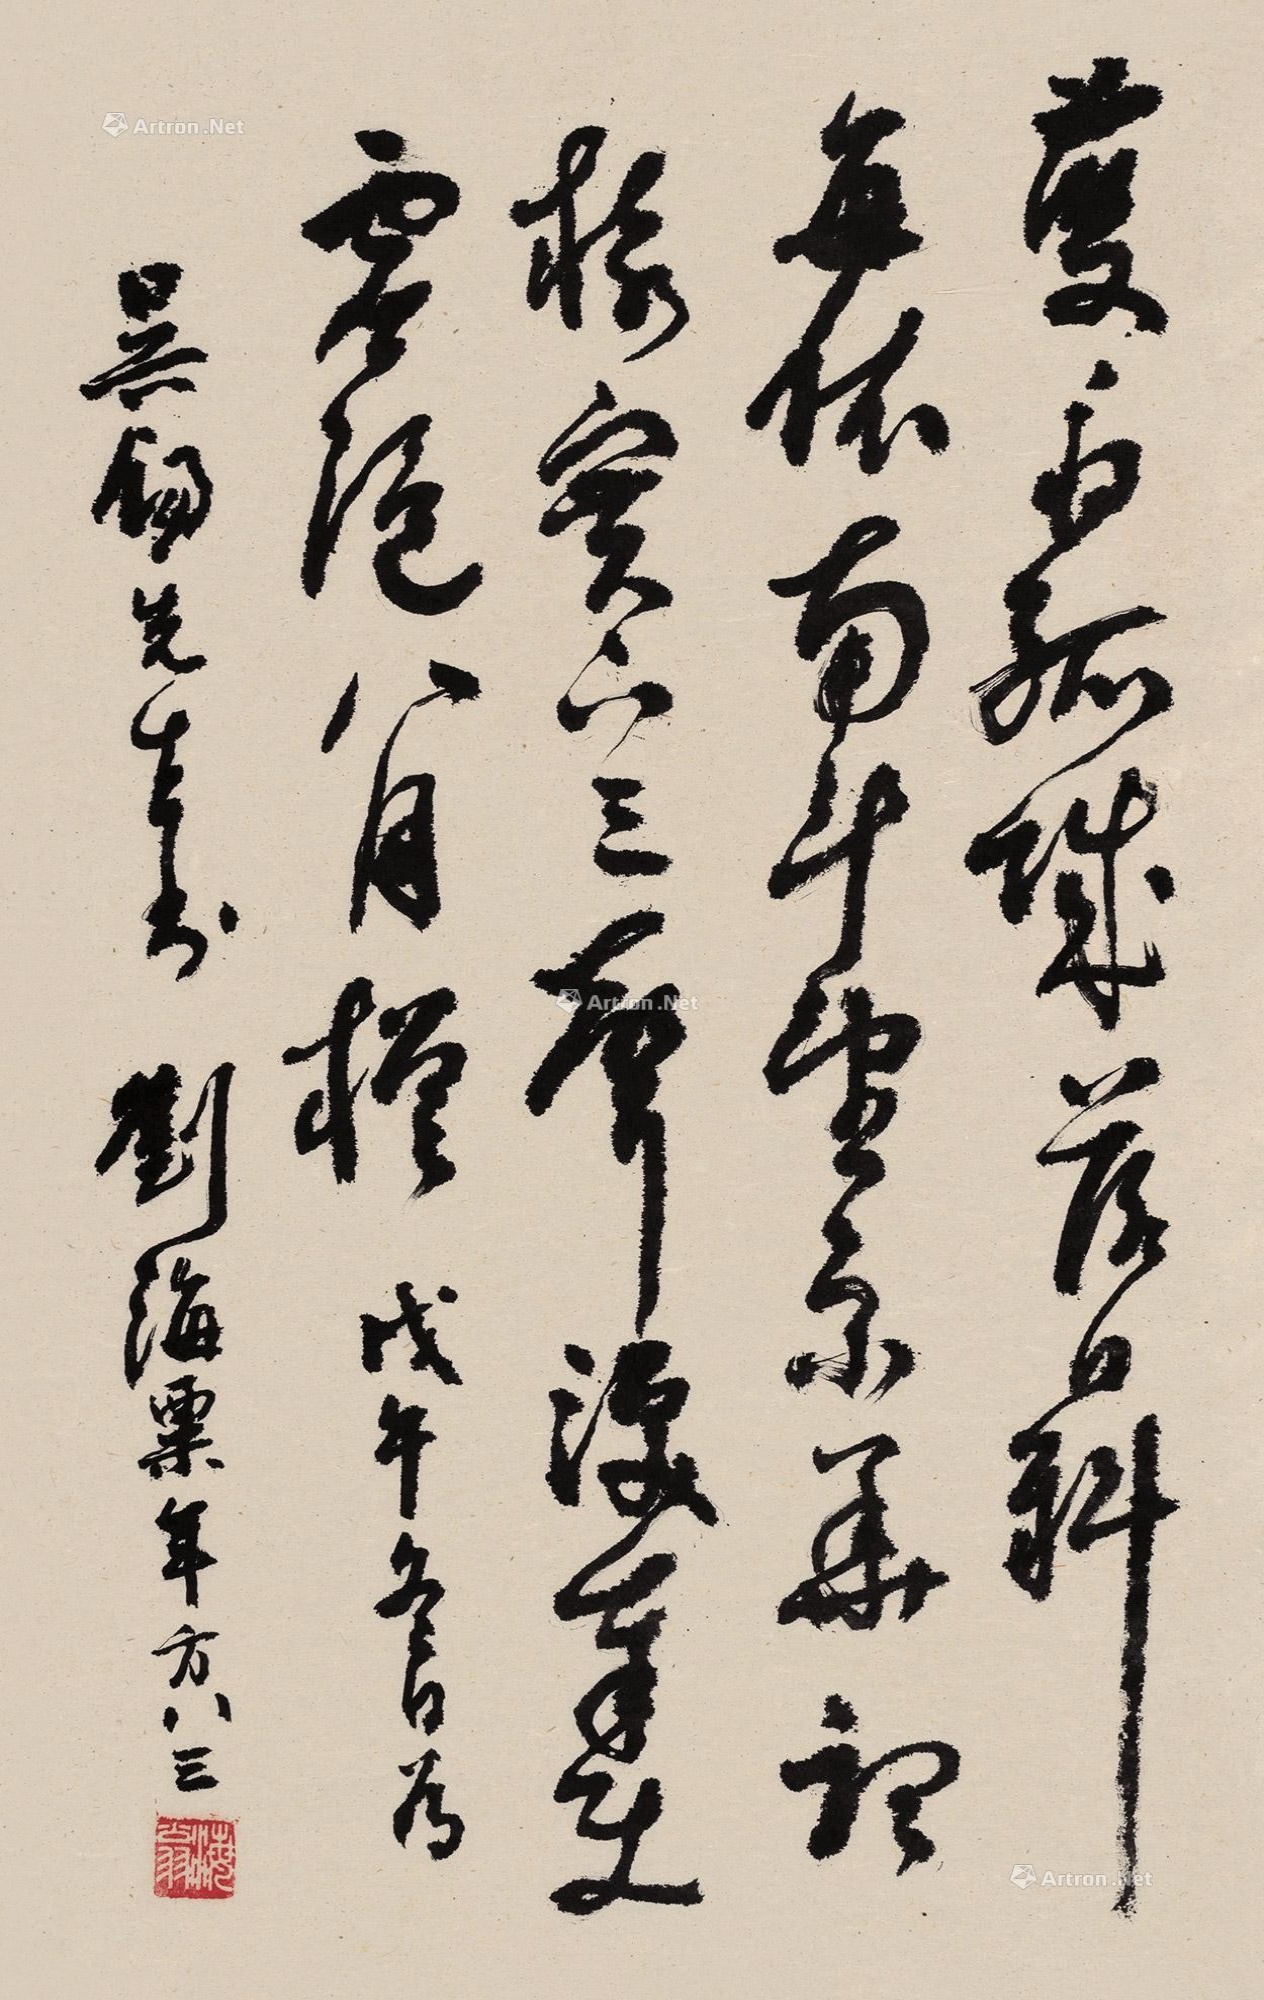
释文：夔府孤城落日斜，每依南斗望京华。听猿实下三声泪，奉使虚随八月槎。戊午冬日为吴锡先生书，刘海粟年方八三。